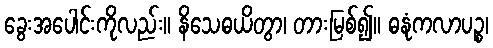
ခွေးအပေါင်းကိုလည်း။ နိသေဓယိတွာ၊ တားမြစ်၍။ ဓနုံကလာပဉ္စ၊